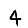
Digit: 4